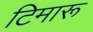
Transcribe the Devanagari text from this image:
टिमारू